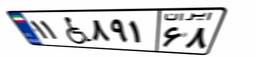
۱۱W۸۹۱۶۸